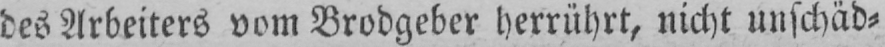
des Arbeiters vom Brodgeber herrührt, nicht unschäd⸗